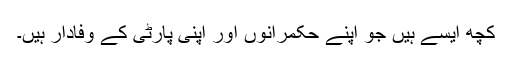
کچھ ایسے ہیں جو اپنے حکمرانوں اور اپنی پارٹی کے وفادار ہیں۔